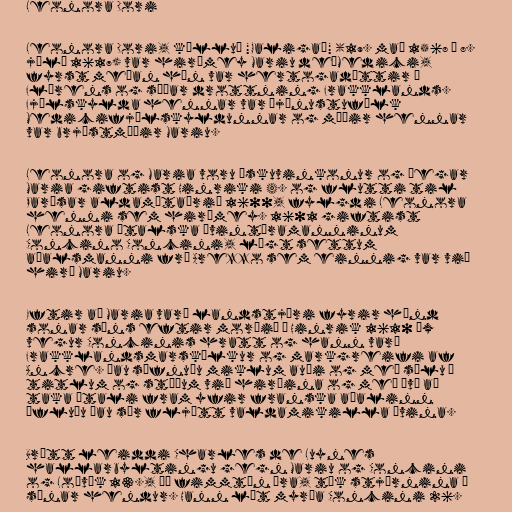
Leonora Dori

Leonora Dori, kölluð "Galigaï" (19. maí 1568 – 8.
júlí 1617) var hirðmey Mariu de'Medici,
fyrst meðan hún var hertogadóttir í
Flórens og síðar drottning Frakklands.
Fjölskylda hennar var þjónustufólk
Medicifjölskyldunnar og móðir hennar
var brjóstmóðir Mariu.

Leonora og Maria voru æskuvinkonur og þegar
Maria giftist Hinriki 4. og flutti til
Parísar aldamótaárið 1600, fylgdi Leonora
henni sem hirðmey. 1601 giftist
Leonora ítalska ævintýramanninum
Concino Concini, lágt settum
aðalsmanni frá Arezzo sem einnig var við
hirð Mariu.

Eftir að Maria varð landstjóri fyrir hönd
sonar síns eftir morðið á Hinrik 1610 óx
vegur Concinis hratt og hann varð
Frakklandsmarskálkur og markgreifi af
Ancre. Þau söfnuðu miklum auði og með sölu á
titlum og stöðum við hirðina og með því að
taka Ítali fram yfir franska aðalinn
öfluðu þau sér fljótt valdamikilla óvina.

Brátt leiddi Charles de Luynes
hallarbyltingu gegn Mariu og Concini
og Loðvík 13., þá fimmtán ára, tók stjórnina í
sínar hendur. Hann lét myrða Concini 26.